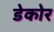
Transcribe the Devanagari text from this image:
डेकोर